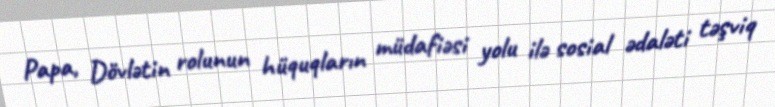
Papa, Dövlətin rolunun hüquqların müdafiəsi yolu ilə sosial ədaləti təşviq